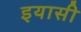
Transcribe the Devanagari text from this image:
इयासी